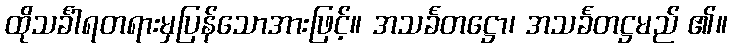
ထိုသင်္ခါရတရားမှပြန်သောအားဖြင့်။ အသင်္ခတဋ္ဌော၊ အသင်္ခတဋ္ဌမည် ၏။